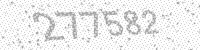
Solution: 277582